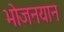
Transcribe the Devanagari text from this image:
भोजनयान